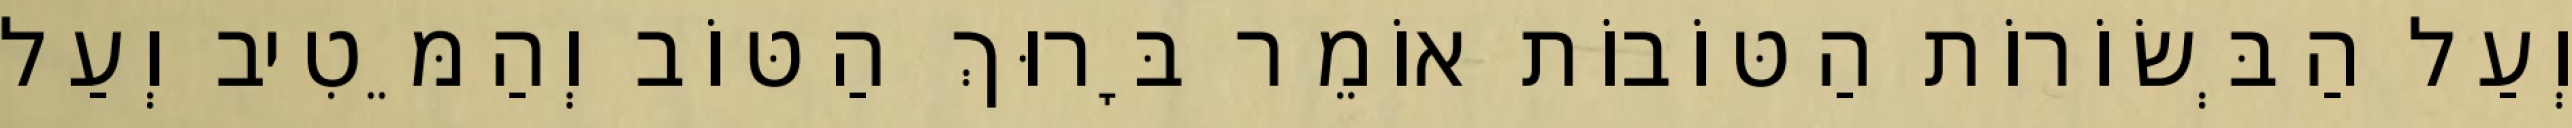
וְעַל הַבְּשׂוֹרוֹת הַטּוֹבוֹת אוֹמֵר בָּרוּךְ הַטּוֹב וְהַמֵּטִיב וְעַל